Indian journal of veterinary science and animal husbandry - Volume 8,
Year: 1938
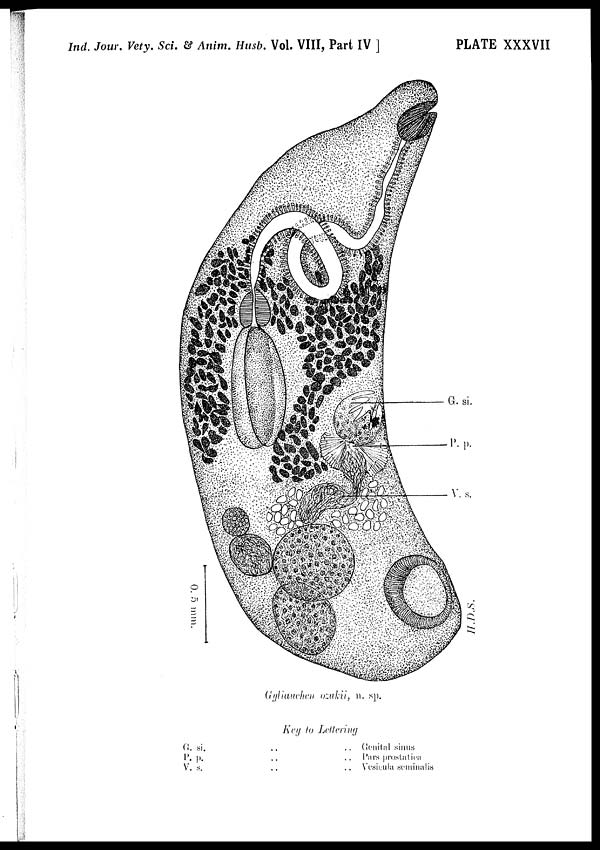
Ind. Jour. Vety. Sci. & Anim. Husb. Vol. VIII, Part IV ]
PLATE XXXVII
Gyliauchen ozukii, n. sp.
Key to Lettering
G.
P.
V.
si.
..
..
Genital
sinus
p.
..
..
Pars prostatica
s.
..
..
Vesicula seminalis